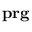
\mathbf { p r } \mathbf { g }